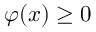
\varphi ( { \boldsymbol { x } } ) \geq 0